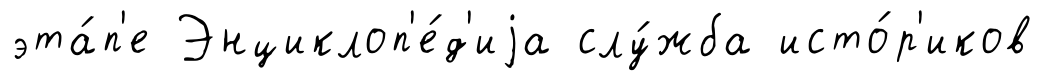
эта́п'е Энциклоп'е́д'иjа слу́жба исто́р'иков